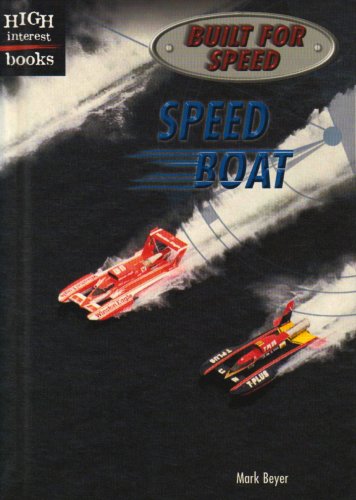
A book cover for Speed Boat (High Interest Books: Built for Speed); Mark Beyer; Teen & Young Adult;